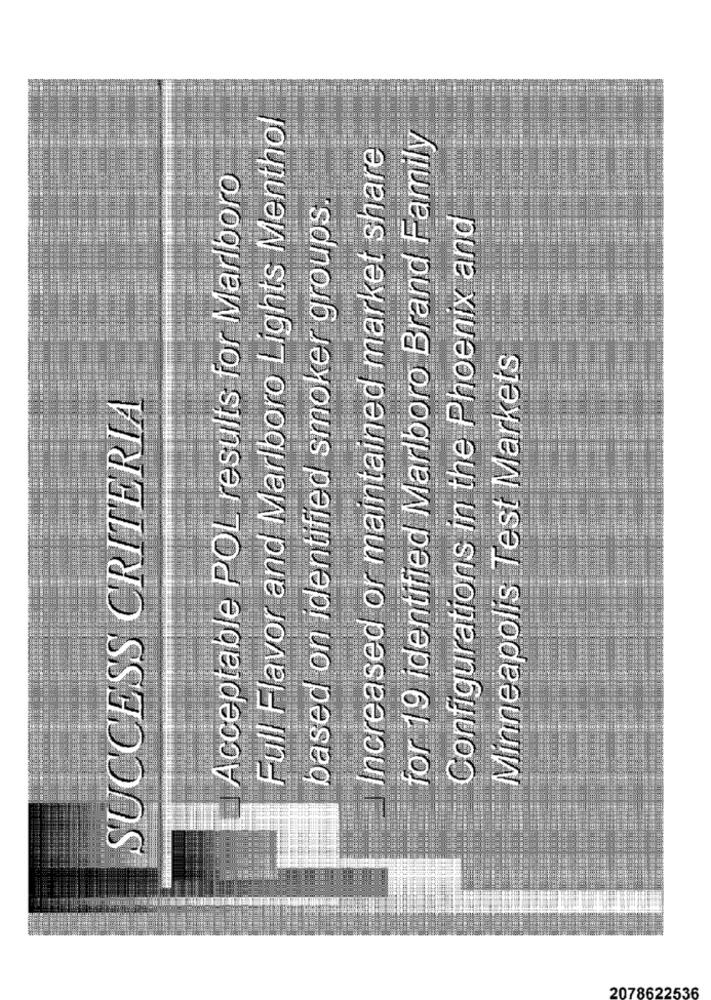
Full Flavor and Marlboro Lights Menthol
for 19 identified Marlboro Brand Family
Increased or maintained market share
Acceptable POL results for Marlboro
based on identified smoker groups
Configurations in the Phoenix and
Minneapolis Test Markets
SUCCESS CRITERIA
2078622536